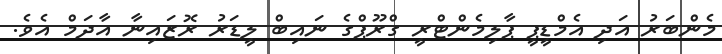
މެންބަރު އަދި އެމްޑީޕީ ޕާލިމެންޓްރީ ގްރޫޕްގެ ނައިބް ލީޑަރު ރޮޒައިނާ އާދަމް އެވެ.